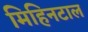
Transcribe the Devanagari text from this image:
मिहिनटाल